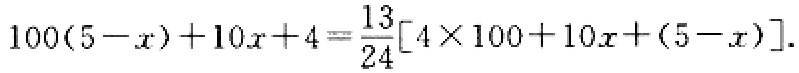
\(100(5 - x)+10x + 4=\frac{13}{24}[4\times100 + 10x+(5 - x)]\)